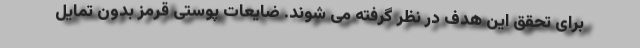
برای تحقق این هدف در نظر گرفته می شوند. ضایعات پوستی قرمز بدون تمایل